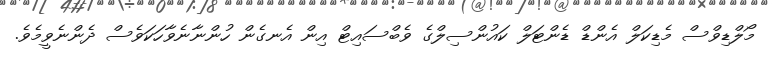
މޯލްޑިވްސް މެޑިކަލް އެންޑް ޑެންޓަލް ކައުންސިލްގެ ވެބްސައިޓް އިން އެނގެން ހުންނާނެވާހަކަވެސް ދެންނެވީމެވެ.